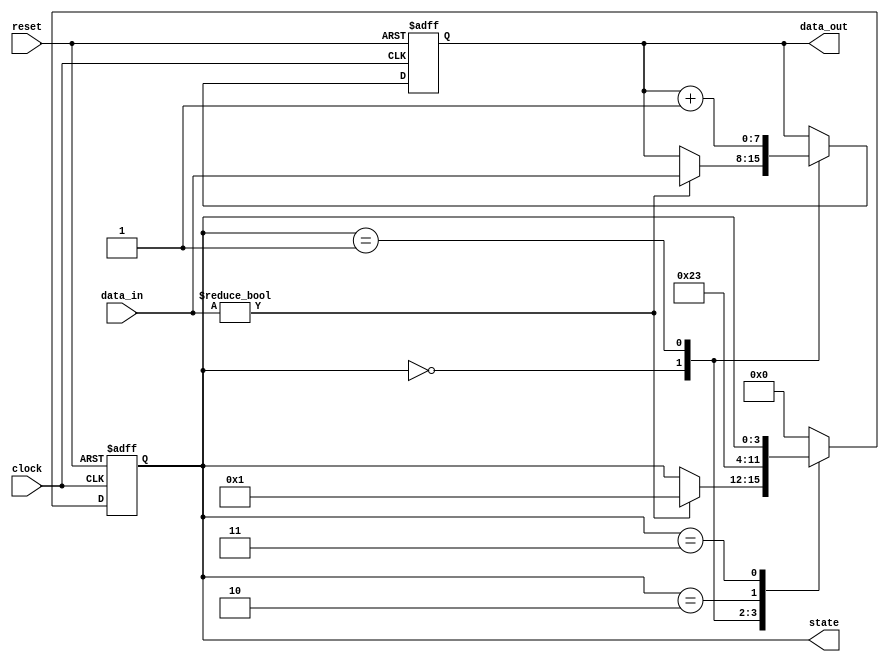
module synchronous_design (
    input wire clock,            // Clock input
    input wire reset,            // Asynchronous reset input
    input wire [7:0] data_in,    // 8-bit data input
    output reg [7:0] data_out,    // 8-bit data output
    output reg [3:0] state       // 4-bit state output
);

    // State encoding
    localparam STATE_IDLE = 4'b0000;
    localparam STATE_LOAD = 4'b0001;
    localparam STATE_PROCESS = 4'b0010;
    localparam STATE_DONE = 4'b0011;

    // Sequential logic block
    always @(posedge clock or posedge reset) begin
        if (reset) begin
            // Reset state
            data_out <= 8'b0;
            state <= STATE_IDLE;
        end else begin
            // State machine
            case (state)
                STATE_IDLE: begin
                    if (data_in != 8'b0) begin
                        data_out <= data_in; // Load data
                        state <= STATE_LOAD;
                    end
                end
                
                STATE_LOAD: begin
                    // Process the loaded data (example: increment)
                    data_out <= data_out + 1;
                    state <= STATE_PROCESS;
                end
                
                STATE_PROCESS: begin
                    // Finalize processing and move to done state
                    state <= STATE_DONE;
                end
                
                STATE_DONE: begin
                    // Stay in done state until reset
                    // Optionally, you can add logic to go back to idle
                end
                
                default: begin
                    state <= STATE_IDLE; // Default to idle if unexpected state
                end
            endcase
        end
    end

endmodule